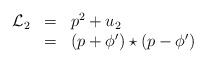
\begin{align*}\begin{array}{lcl}{\mathcal L }_{2}&=& {p}^{2} +u_2\\&=&(p+{\phi}')\star(p-{\phi}')\end{array}\end{align*}